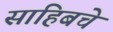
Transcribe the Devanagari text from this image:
साहिबचे